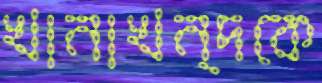
খানাখন্দকে